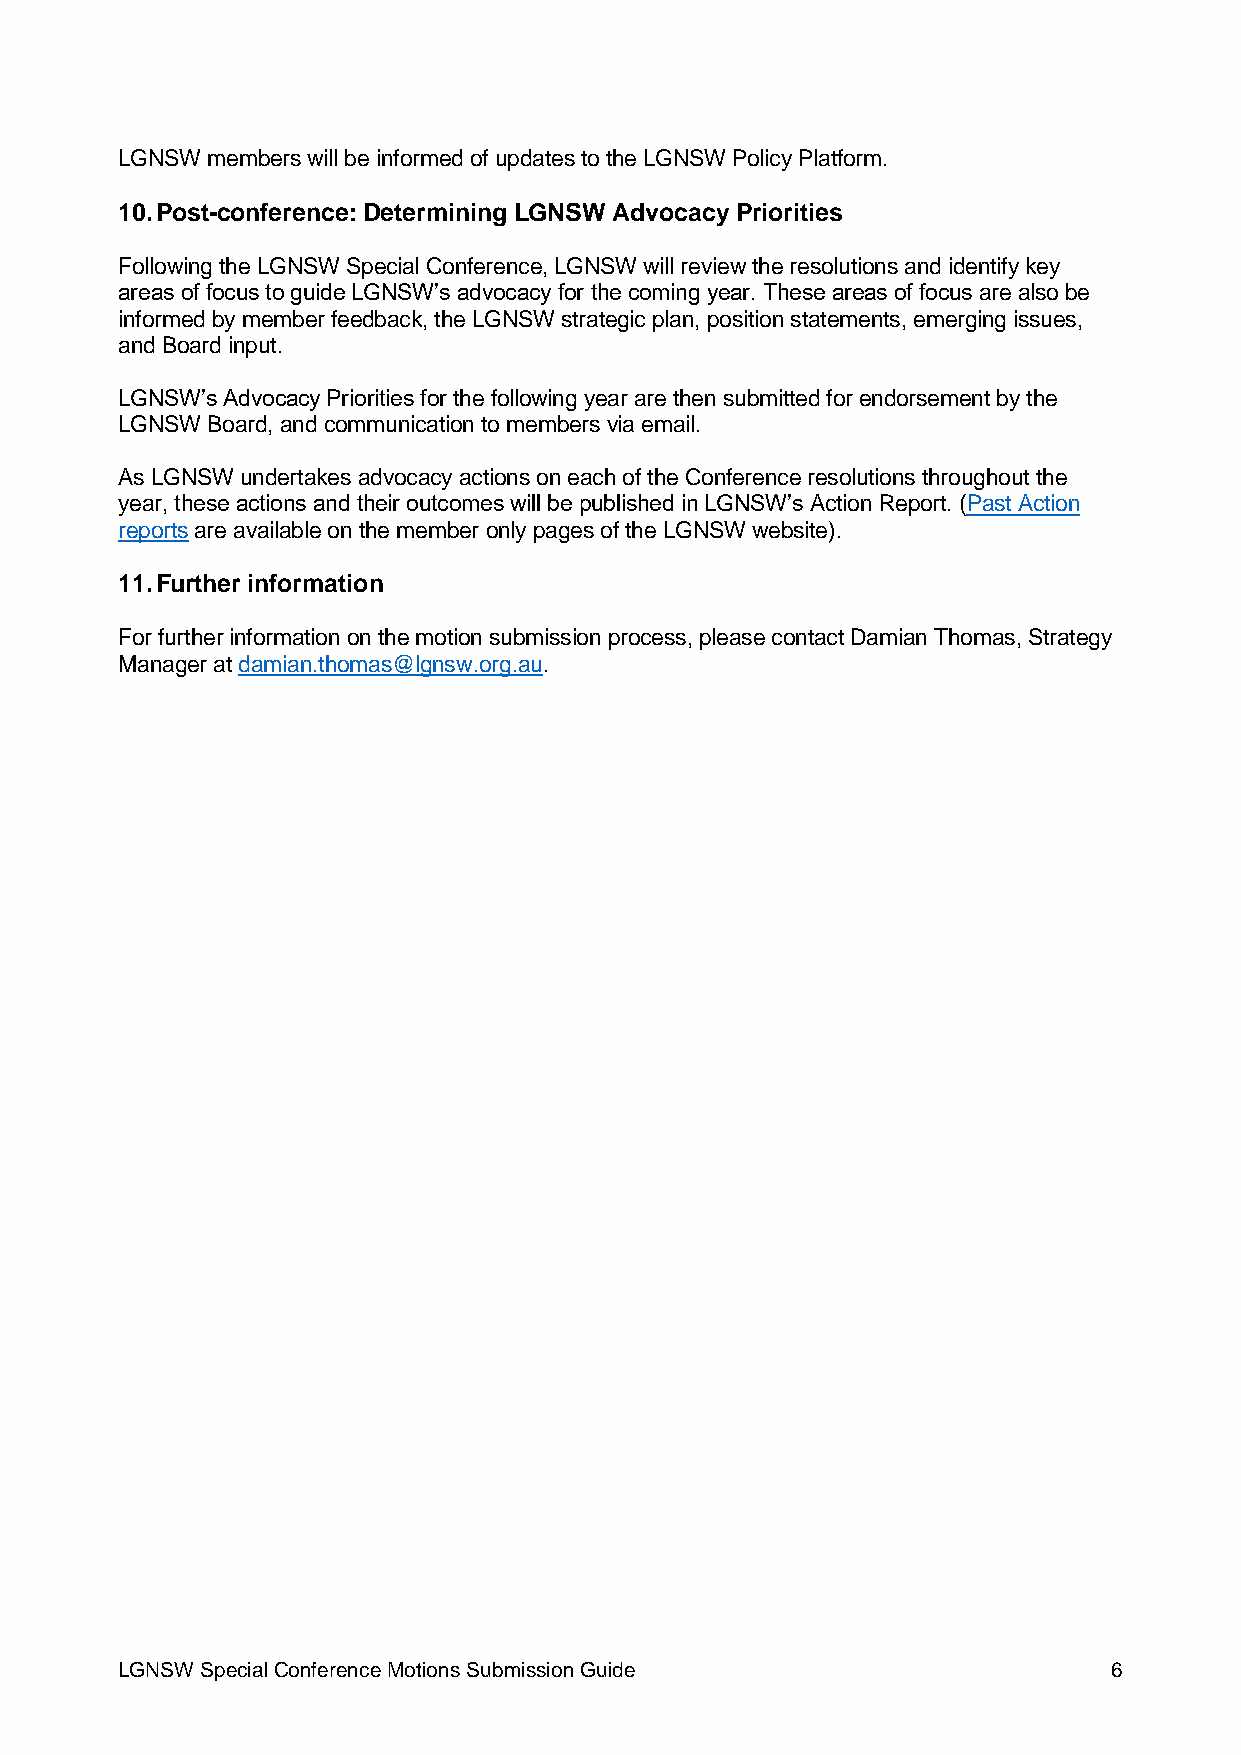
LGNSW members will be informed of updates to the LGNSW Policy Platform.
 10. Post-conference: Determining LGNSW Advocacy Priorities
 Following the LGNSW Special Conference, LGNSW will review the resolutions and identify key
 areas of focus to guide LGNSW’s advocacy for the coming year. These areas of focus are also be
 informed by member feedback, the LGNSW strategic plan, position statements, emerging issues,
 and Board input.
 LGNSW’s Advocacy Priorities for the following year are then submitted for endorsement by the
 LGNSW Board, and communication to members via email.
 As LGNSW undertakes advocacy actions on each of the Conference resolutions throughout the
 year, these actions and their outcomes will be published in LGNSW’s Action Report. (Past Action
 reports are available on the member only pages of the LGNSW website).
 11. Further information
 For further information on the motion submission process, please contact Damian Thomas, Strategy
 Manager at damian.thomas@lgnsw.org.au.
 LGNSW Special Conference Motions Submission Guide                 6